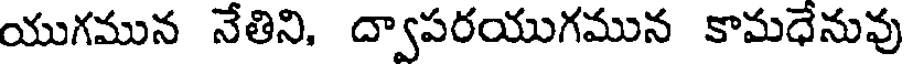
యుగమున నేతిని, ద్వాపరయుగమున కామధేనువు